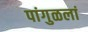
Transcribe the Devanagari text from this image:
पांगुळलां